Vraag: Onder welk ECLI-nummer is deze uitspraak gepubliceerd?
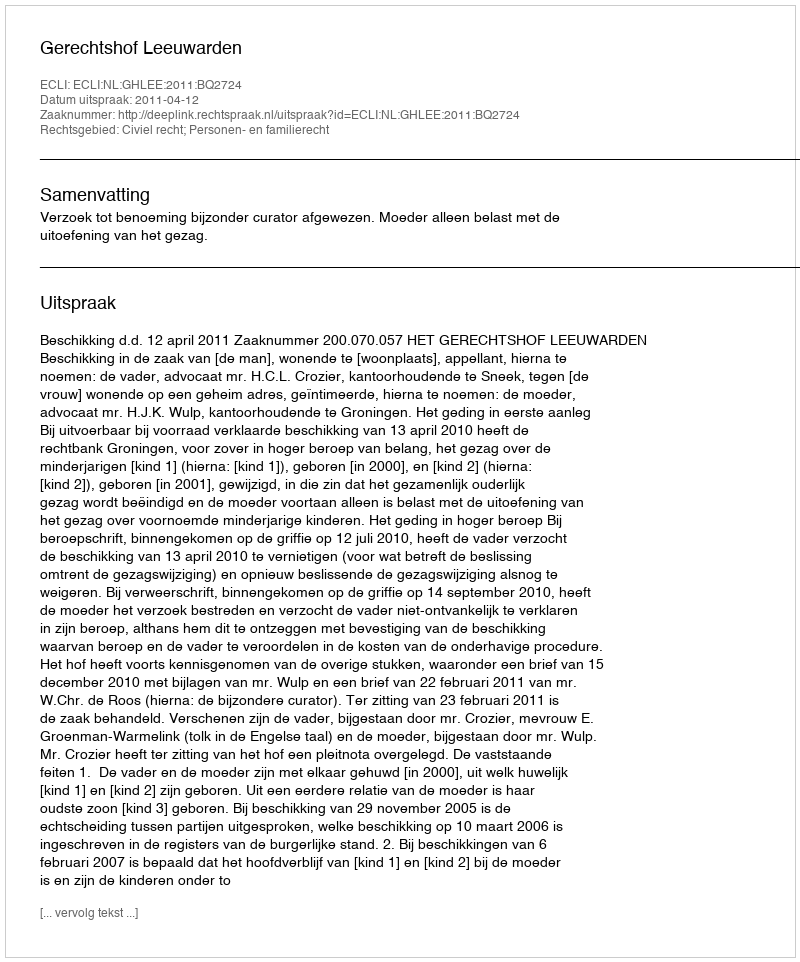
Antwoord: ECLI:NL:GHLEE:2011:BQ2724